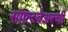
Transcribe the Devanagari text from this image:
सॉफ़्टवेअरची